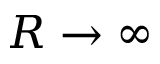
R \rightarrow \infty